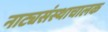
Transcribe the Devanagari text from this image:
नाट्यसंस्थाचालक